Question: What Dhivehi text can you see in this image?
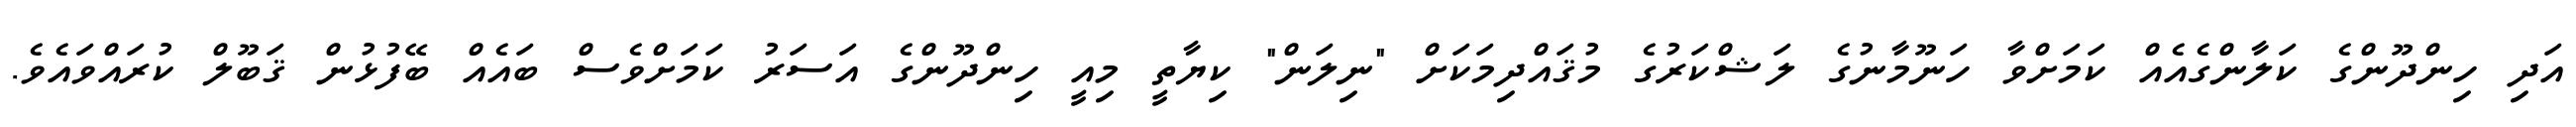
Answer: އަދި ހިންދޫންގެ ކަލާންގެއެއް ކަމަށްވާ ހަނޫމާނުގެ ލަޝްކަރުގެ މުޤައްދިމަކަށް "ނިލަން" ކިޔާތީ މިއީ ހިންދޫންގެ އަސަރު ކަމަށްވެސް ބައެއް ބޭފުޅުން ޤަބޫލް ކުރައްވައެވެ.